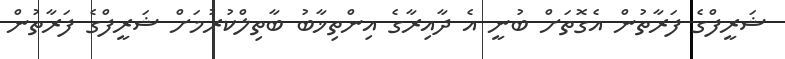
ޝަރީފްގެ ފަރާތުން އެގޮތަށް ބުނީ އެ ދާއިރާގެ އިންތިޚާބު ބާތިލްކުރުމަށް ޝަރީފްގެ ފަރާތުން